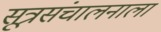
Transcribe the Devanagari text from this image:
सूत्रसंचालनाला